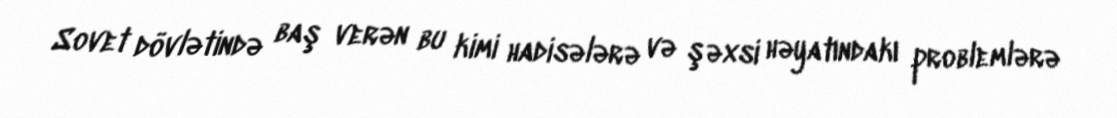
Sovet dövlətində baş verən bu kimi hadisələrə və şəxsi həyatındakı problemlərə